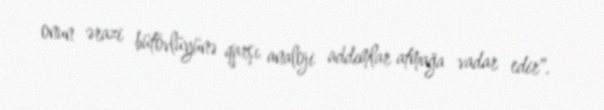
onun ərazi bütövlüyünə qarşı analoji addımlar atmağa vadar edir".